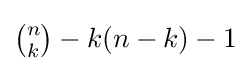
{\tbinom {n}{k}}-k(n-k)-1